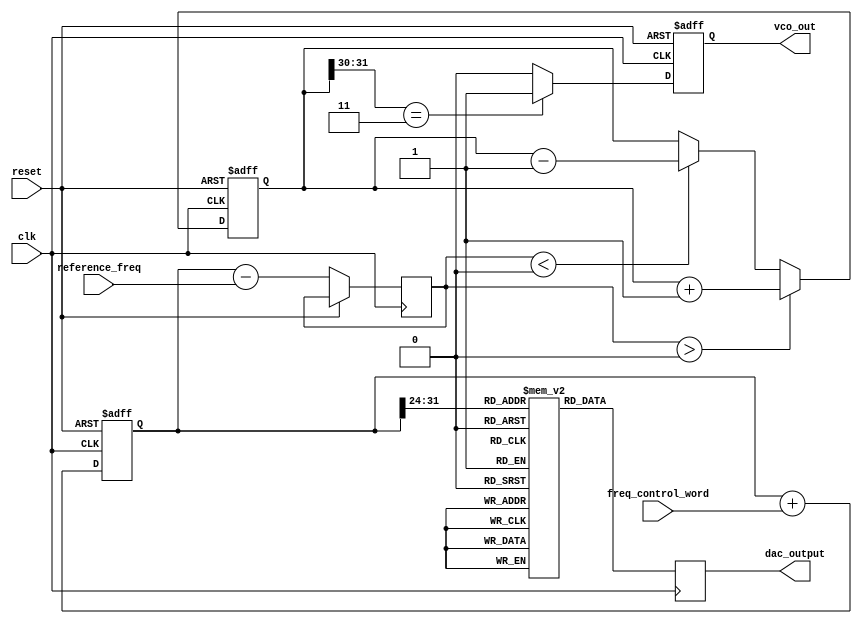
module DDS_PLL (
    input wire clk,                 // System Clock
    input wire reset,               // Reset Signal
    input wire [31:0] freq_control_word, // Frequency Control Word (FCW)
    input wire [31:0] reference_freq, // Reference Frequency for PLL
    output reg [15:0] dac_output,   // Output to DAC
    output reg vco_out              // Output from VCO
);

// Parameters
localparam LUT_SIZE = 256;        // Size of the LUT
localparam MAX_PHASE = 32'hFFFFFFFF; // Maximum phase value

// Phase Accumulator
reg [31:0] phase_accumulator;
wire [31:0] phase_next;

// LUT: Sine Wave Table
reg [15:0] sine_lut [0:LUT_SIZE-1];

// Initialize the LUT with sine wave values
initial begin
    // Populate sine_lut with pre-computed sine values (use an external tool or calculate these)
    // Sample values for illustration
    sine_lut[0] = 16'd0;
    sine_lut[1] = 16'd25;   // Sample sine values
    // Populate the rest of the LUT...
end

// Phase Accumulator Logic
always @(posedge clk or posedge reset) begin
    if (reset) begin
        phase_accumulator <= 32'b0;
    end else begin
        phase_accumulator <= phase_next;
    end
end

assign phase_next = phase_accumulator + freq_control_word;

// LUT Access
always @(posedge clk) begin
    // Use the top bits of the phase_accumulator to index the LUT
    dac_output <= sine_lut[phase_accumulator[31:24]];
end

// PLL Implementation (Simple Example)
reg [31:0] vco_freq; // VCO Frequency
reg [31:0] phase_error; // Phase Error Signal

always @(posedge clk or posedge reset) begin
    if (reset) begin
        vco_freq <= 32'b0;
        vco_out <= 1'b0;
    end else begin
        // Basic PLL Logic (Phase Detector and VCO)
        phase_error <= phase_accumulator - reference_freq; // Simple phase error calculation

        // Adjust VCO frequency based on phase error (simplified)
        if (phase_error > 0) begin
            vco_freq <= vco_freq + 1; // Increase VCO frequency
        end else if (phase_error < 0) begin
            vco_freq <= vco_freq - 1; // Decrease VCO frequency
        end

        // Generate VCO output (simplified)
        vco_out <= (vco_freq[31:30] == 2'b11) ? 1'b1 : 1'b0; // Example VCO output logic
    end
end

endmodule